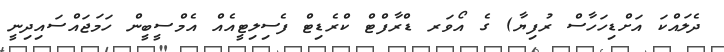
ދެލައްކަ އަށްޑިހަހާސް ރުފިޔާ) ގެ އޯވަރ ޑްރާފްޓް ކްރެޑިޓް ފެސިލިޓީއެއް އެމްސީބީން ހަމަޖައްސައިދިނީ